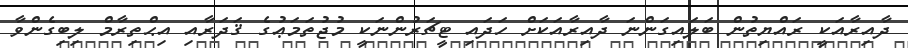
ދާއިރާއަކީ ރައްޔިތުން ބަލައިގަންނަ ދާއިރާއަކަށް ހަދައި ޓީޗަރުންނަކީ މުޖުތަމަޢުގެ ޤަދަރާއި އިޙްތިރާމް ލިބިގެންވާ